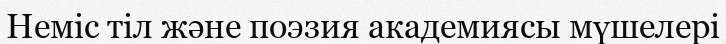
Неміс тіл және поэзия академиясы мүшелері